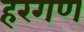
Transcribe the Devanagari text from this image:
हरगण